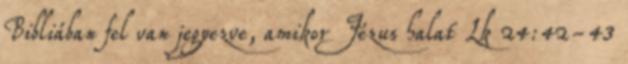
Bibliában fel van jegyezve, amikor Jézus halat Lk 24:42-43